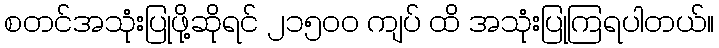
စတင်အသုံးပြုဖို့ဆိုရင် ၂၁၅၀၀ ကျပ် ထိ အသုံးပြုကြရပါတယ်။